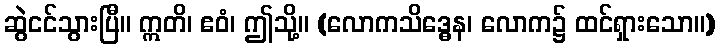
ဆွဲငင်သွားပြီ။ ဣတိ၊ ဧဝံ၊ ဤသို့။ (လောကသိဒ္ဓေန၊ လောက၌ ထင်ရှားသော။)